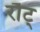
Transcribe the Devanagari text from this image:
रौट्